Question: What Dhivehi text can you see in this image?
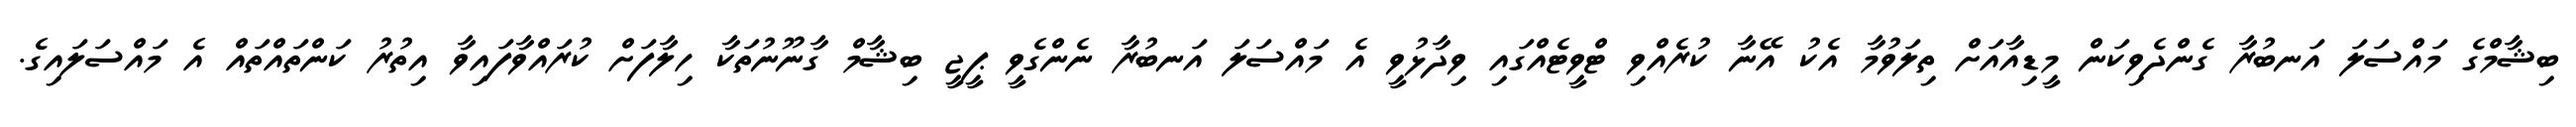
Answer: ބިޝާމްގެ މައްސަލަ އަނބުރާ ގެންދެވިކަން މީޑިއާއަށް ތިލަވުމާ އެކު އޭނާ ކުރެއްވި ޓްވީޓެއްގައި ވިދާޅުވީ އެ މައްސަލަ އަނބުރާ ނެންގެވީ ޕީޖީ ބިޝާމް ގާނޫނުތަކާ ހިލާފަށް ކުރައްވާފައިވާ އިތުރު ކަންތައްތައް އެ މައްސަލައިގެ.